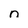
Character: n